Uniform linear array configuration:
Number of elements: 64
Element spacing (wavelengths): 0.75
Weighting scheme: hamming
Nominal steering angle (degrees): -30
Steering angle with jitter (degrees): -30.906
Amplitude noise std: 0.05
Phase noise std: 0.05

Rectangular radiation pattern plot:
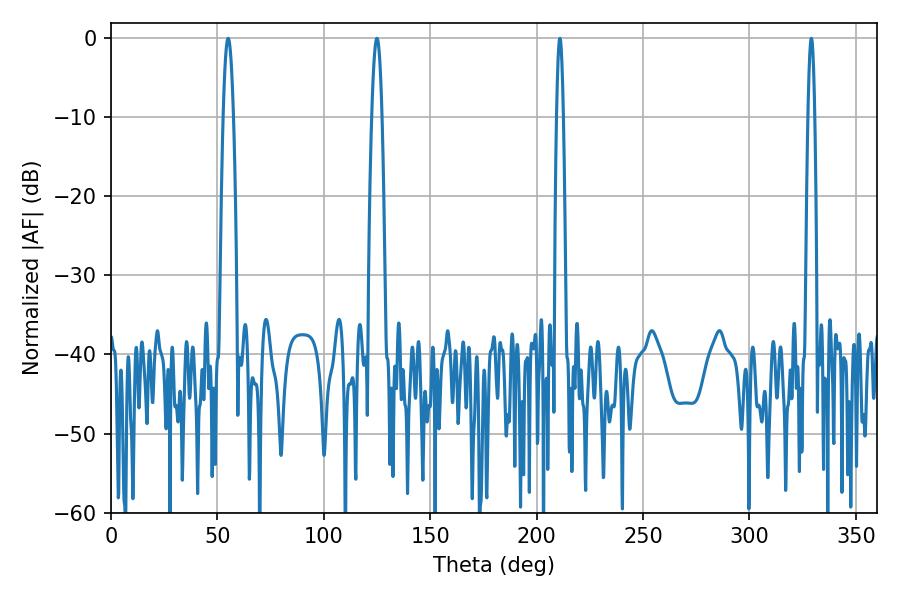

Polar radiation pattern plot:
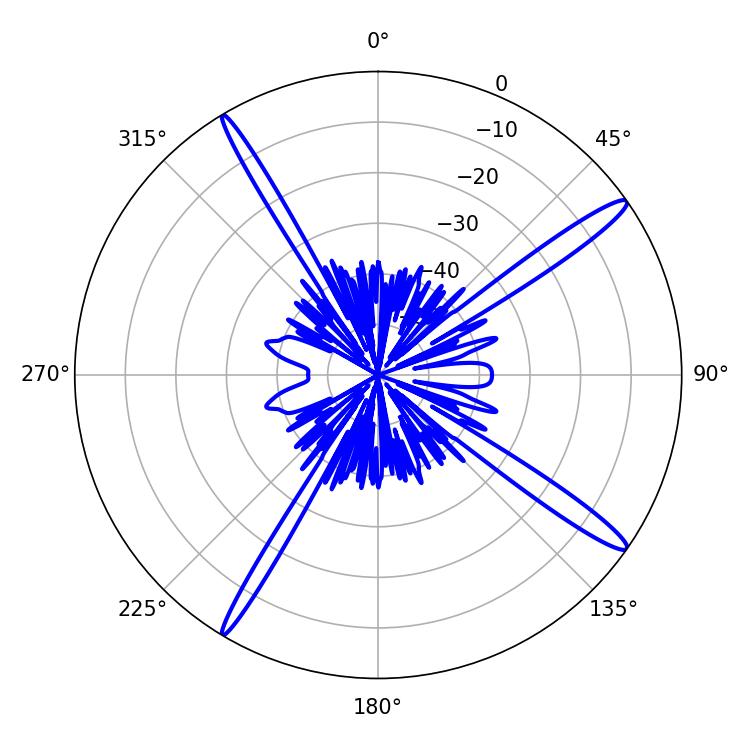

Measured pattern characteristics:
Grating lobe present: TRUE
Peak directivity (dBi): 16.168
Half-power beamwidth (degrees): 2.52
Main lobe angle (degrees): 55.08